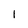
Character: 1